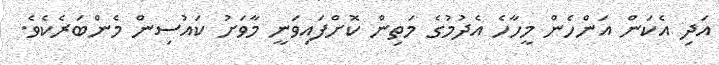
އަދި އެކަން އަންހެން މީހާހެ އެދުމުގެ މަތިން ކޮށްފައިވަނީ މާވަށު ކައުސިން މެންބަރެކެވެ.